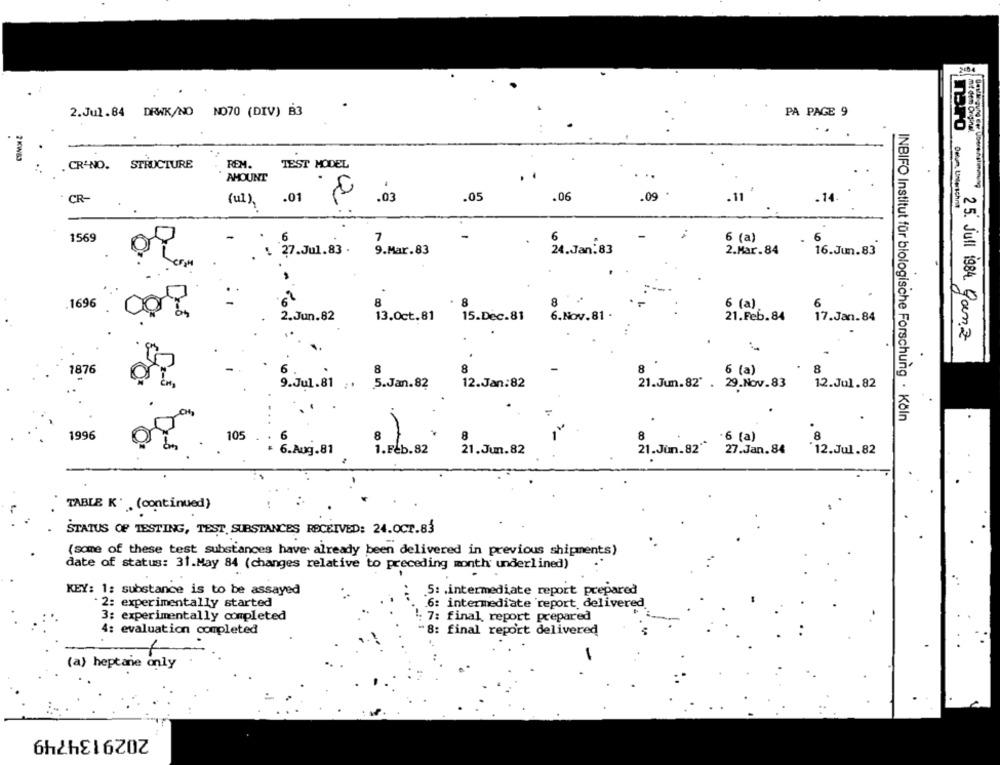
2.Jul.84 DRWK/NO NO70 (DIV) B3
PA PAGE 9
mit dem Original.
maro
2 KW83
CR-NO. STRUCTURE
REM.
TEST MODEL
AMOUNT
.
CR-
.01
.03
.05
.06
.09
.11
. 14
(ul),
Datum, Unterschrift
1569
6 (a)
6
7
6
24 . Jan . 83
2.Mar.84
16.Jun.83
: 27.Jul.83 . 9.Mar.83
.1696
8
6 (a)
6
13.Oct.81 %
2.Jun.82
15 . Dec . 81
6.Nov.81 .
21.Feb.84
17.Jan.84
8
1876
8
8
6 (a)
9.Jul.81 5.Jan. 82
12.Jan:82
21.Jun.82" . 29.Nov.83
12.Jul.82
INBIFO Institut für biologische Forschung · Köln
1996
8
-6 (a)
.8
21.Jun.82
21.Jun .82"
27.Jan.84
*12.Jul.82
105 : 6.Aug.81
TABLE K' (continued)
STATUS OF TESTING, TEST. SUBSTANCES RECEIVED: 24.OCT.83
(some of these test substances have already been delivered in previous shipments)
date of status: 31.May 84 (changes relative to preceding month underlined)
KEY: 1: substance is to be assayed
.5: . intermediate report prepared
. 2: experimentally started
6: intermediate report delivered.
3: experimentally completed
': 7: final report prepared
4: evaluation completed
"8: final report delivered
(a) heptane only
2029134749